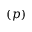
( p )